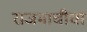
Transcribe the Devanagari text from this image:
राजमाचीचा